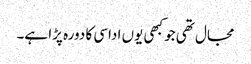
مجال تھی جو کبھی یوں اداسی کا دورہ پڑا ہے۔